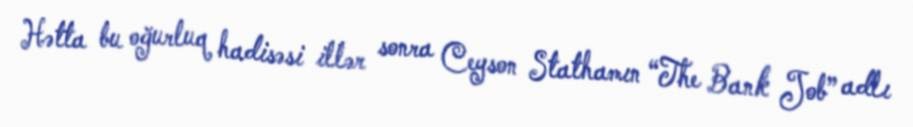
Hətta bu oğurluq hadisəsi illər sonra Ceyson Stathamın “The Bank Job” adlı